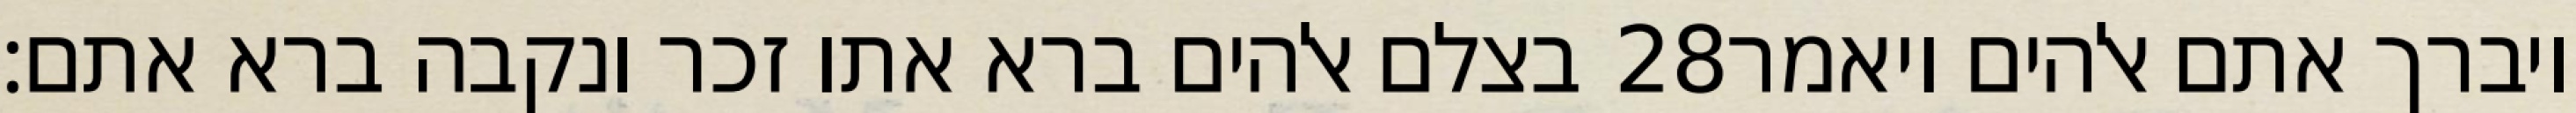
בצלם אלהים ברא אתו זכר ונקבה ברא אתם׃ ‎28‏ ויברך אתם אלהים ויאמר